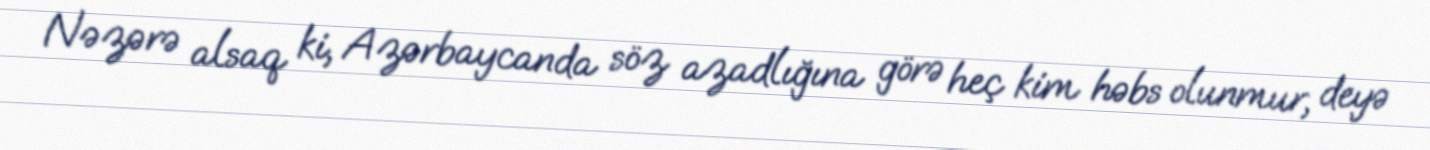
Nəzərə alsaq ki, Azərbaycanda söz azadlığına görə heç kim həbs olunmur, deyə